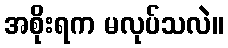
အစိုးရက မလုပ်သလဲ။